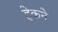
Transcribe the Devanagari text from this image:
हेकने